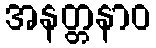
အနတ္တနာဝ